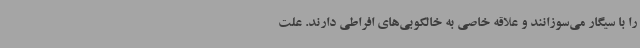
را با سیگار می‌سوزانند و علاقه خاصی به خالکوبی‌های افراطی دارند. علت